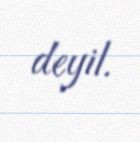
deyil.